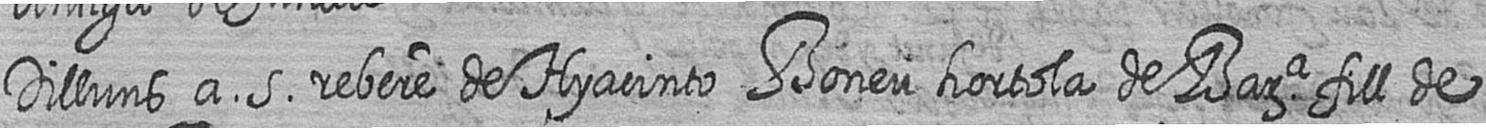
Dilluns a 5 rebere de Hyacinto Boneu hortola de Bara fill de